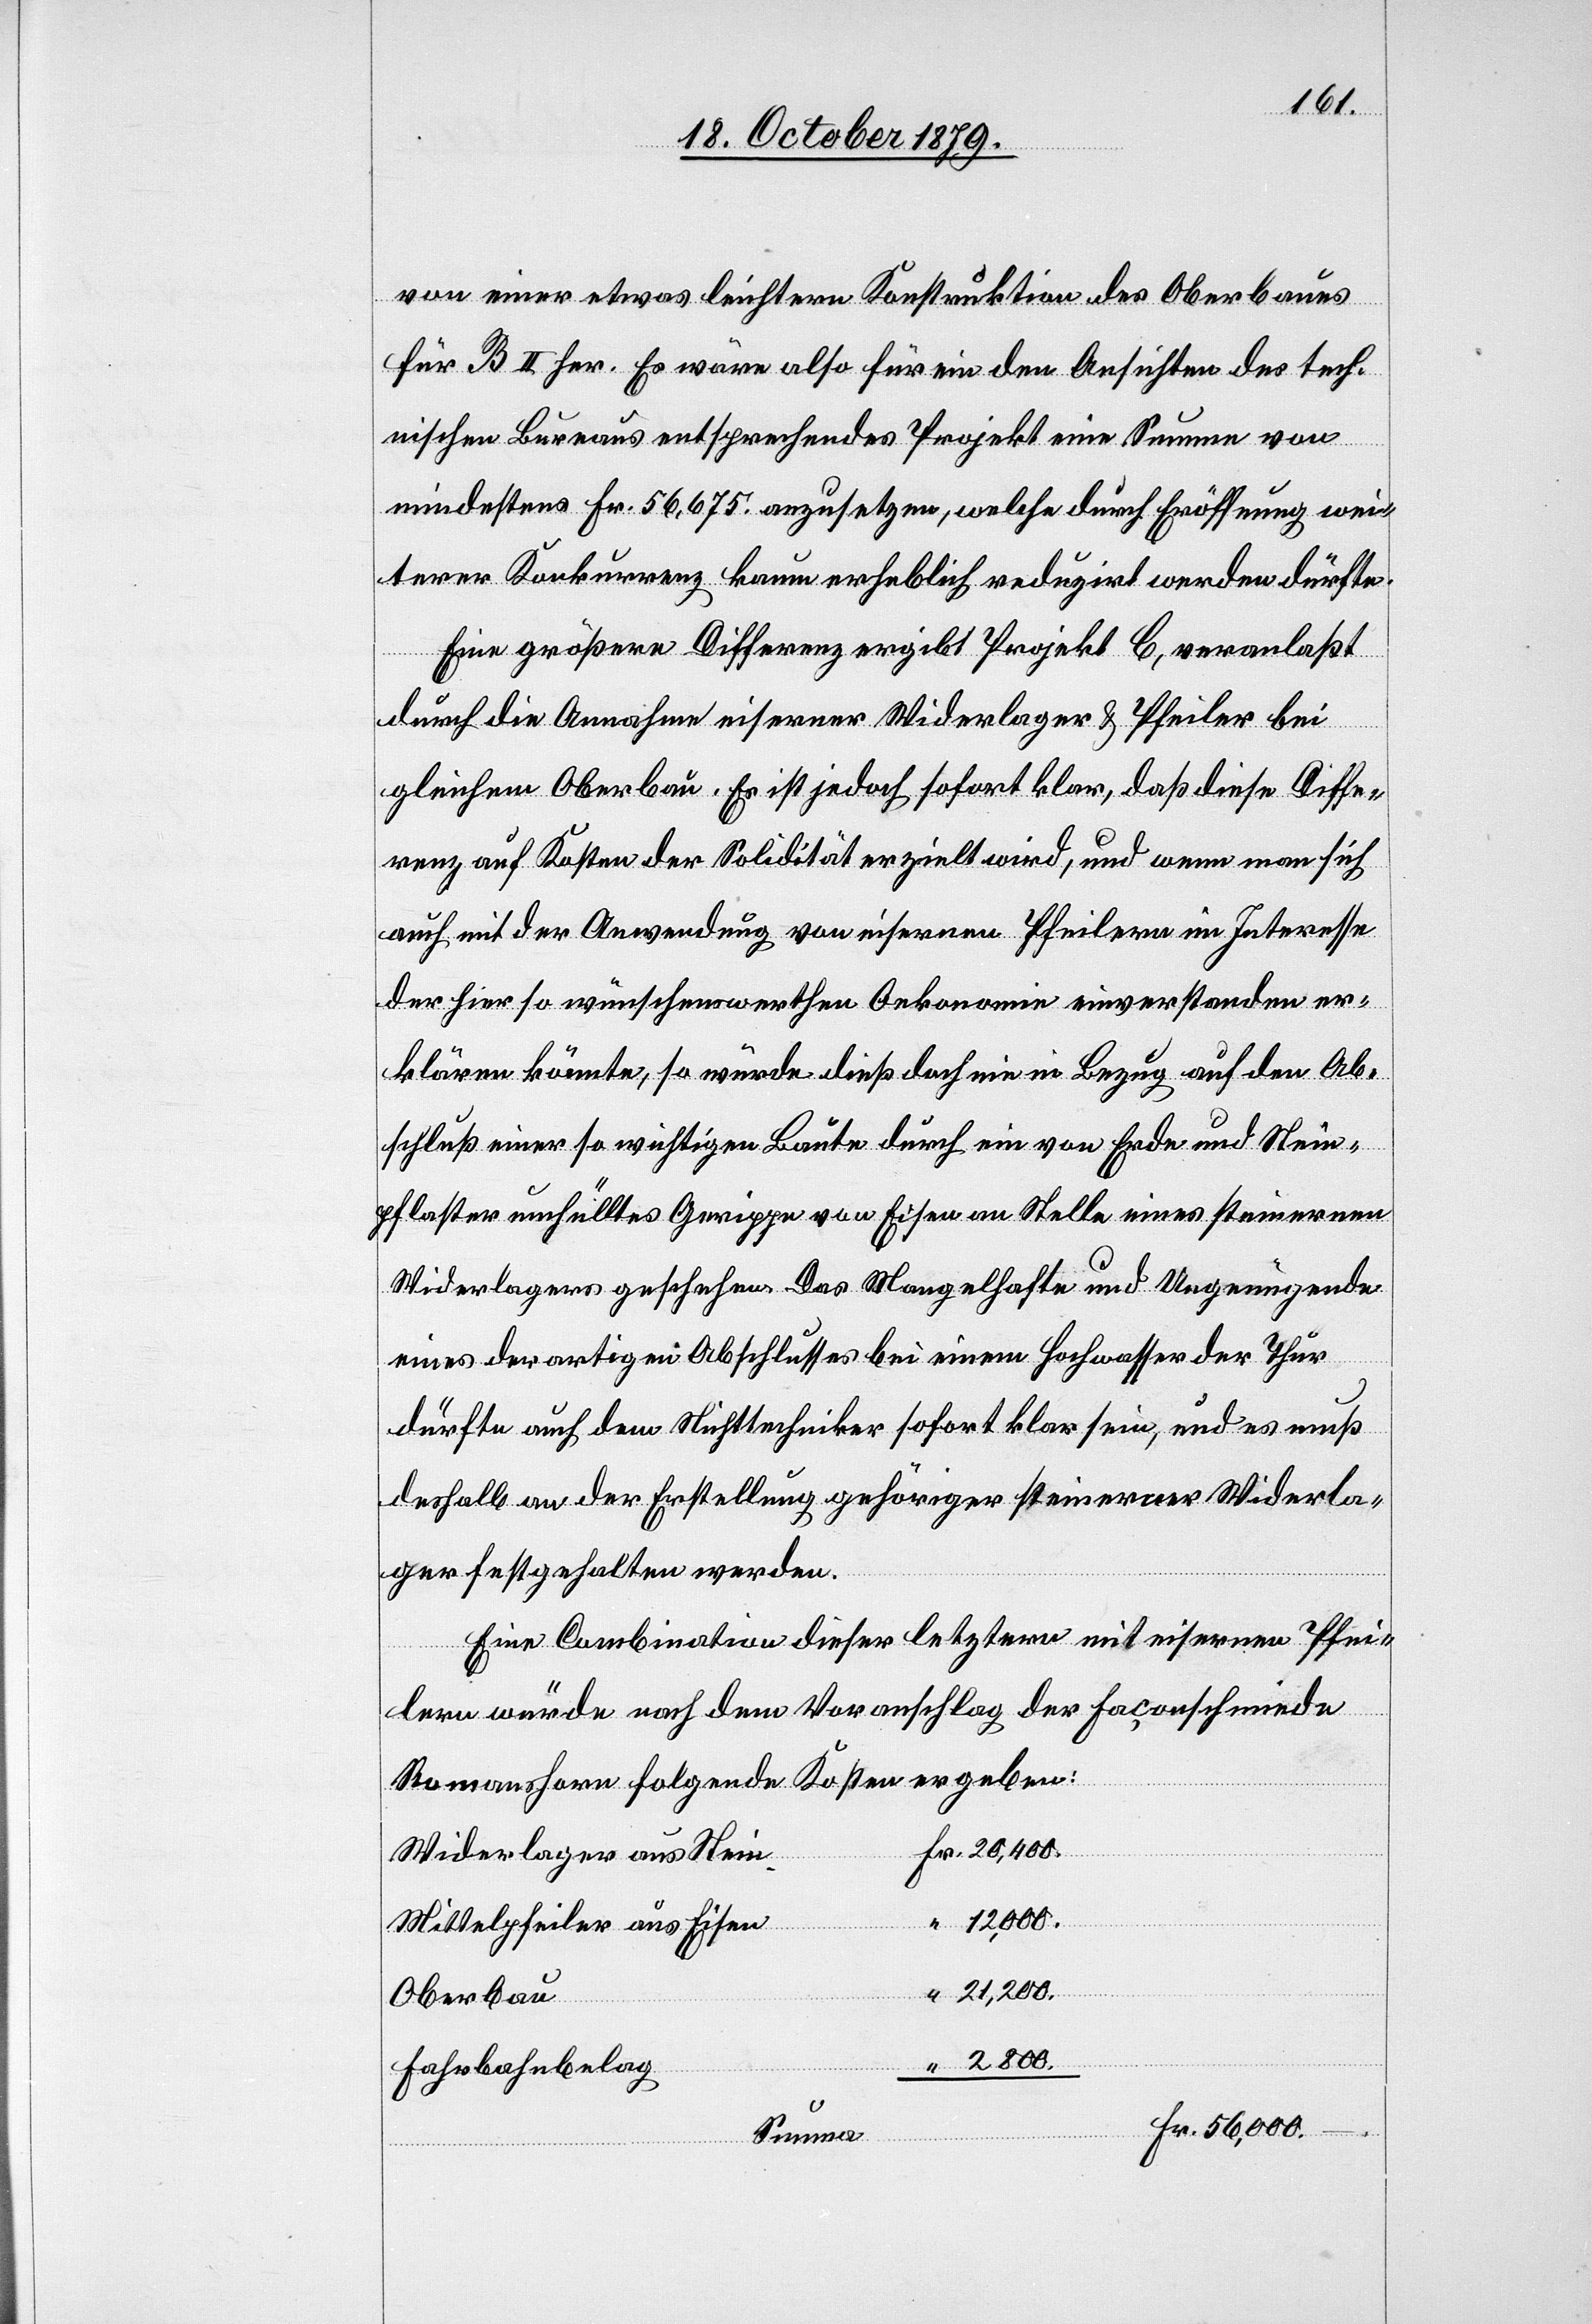
von einer etwas leichteren Konstruktion des Oberbaues
für B II her. Es wäre also für ein den Ansichten des tech¬
nischen Bureaus entsprechendes Projekt eine Summe von
n	Fr,
mindestens Fr. 56,675. anzusetzen, welche durch Eröffnung wei¬
terer Konkurrenz kaum erheblich reduzirt werden dürfte.
Eine größere Differenz ergibt Projekt C, veranlaßt
durch die Annahme eiserner Widerlager & Pfeiler bei
gleichem Oberbau. Es ist jedoch sofort klar, daß diese Diffe¬
renz auf Kosten der Solidität erzielt wird, und wenn man sich
auch mit der Anwendung von eisernen Pfeilern im Interesse
der hier so wünschenswerthen Oekonomie einverstanden er¬
klären könnte, so würde dieß doch nie in Bezug auf den Ab¬
schluß einer so wichtigen Baute durch ein von Erde und Stein¬
pflaster umfülltes Gerippe von Eisen an Stelle eines steinernen
Widerlagers geschehen. Das Mangelhafte und Ungenügende
eines derartigen Abschlusses bei einem Hochwasser der Thur
dürfte auch dem Nichttechniker sofort klar sein, und es muß
deshalb an der Erstellung gehöriger steinerner Widerla¬
ger festgehalten werden.
Eine Combination dieser letztern mit eisernen Pfei¬
lern würde nach dem Voranschlag der Faconschmiede
Romanshorn folgende Kosten ergeben:
Widerlager aus Stei¬
“ 12,000.
Mittelpfeiler aus Eisen
21,200.
“ 2800.
Fahrbahnbelag